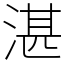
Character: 湛